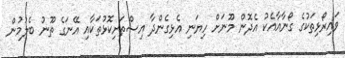
ވައިރޯޅިތަކުގެ ގޯނާއާއެކު އެދޮން މޫނަށް ހިޔަނި އެޅިގެންދާ އިސްތަށިކޮޅުތަކާއި އޭނަގެ ތޫނު ބެލުމުން